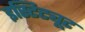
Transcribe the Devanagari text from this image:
इस्टिट्यूट